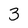
Character: 3